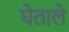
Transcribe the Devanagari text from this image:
घेताले